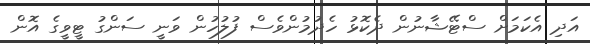
އަދި އެކަމަށް ސްޓޭޝާނުން ދެކޮޅު ހެދުމުންވެސް ފުލުހުން ވަނީ ސަންގު ޓީވީގެ އޮން